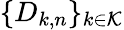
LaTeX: \{ D_{k,n}\} _{k\in\mathcal K}